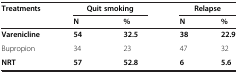
<table><thead><tr><td><b>Treatments</b></td><td><b>Quit smoking</b></td><td><b> </b></td><td><b>Relapse</b></td><td><b> </b></td></tr><tr><td><b> </b></td><td><b>N</b></td><td><b>%</b></td><td><b>N</b></td><td><b>%</b></td></tr></thead><tbody><tr><td><b>Varenicline</b></td><td><b>54</b></td><td><b>32.5</b></td><td><b>38</b></td><td><b>22.9</b></td></tr><tr><td>Bupropion</td><td>34</td><td>23</td><td>47</td><td>32</td></tr><tr><td><b>NRT</b></td><td><b>57</b></td><td><b>52.8</b></td><td><b>6</b></td><td><b>5.6</b></td></tr></tbody></table>